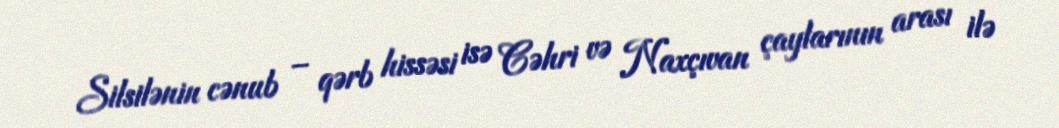
Silsilənin cənub – qərb hissəsi isə Cəhri və Naxçıvan çaylarının arası ilə